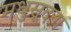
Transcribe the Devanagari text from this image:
मधुसूदना